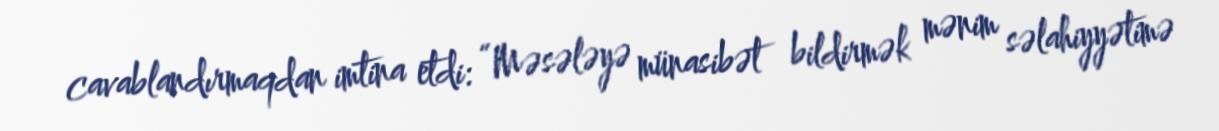
cavablandırmaqdan imtina etdi: “Məsələyə münasibət bildirmək mənim səlahiyyətimə